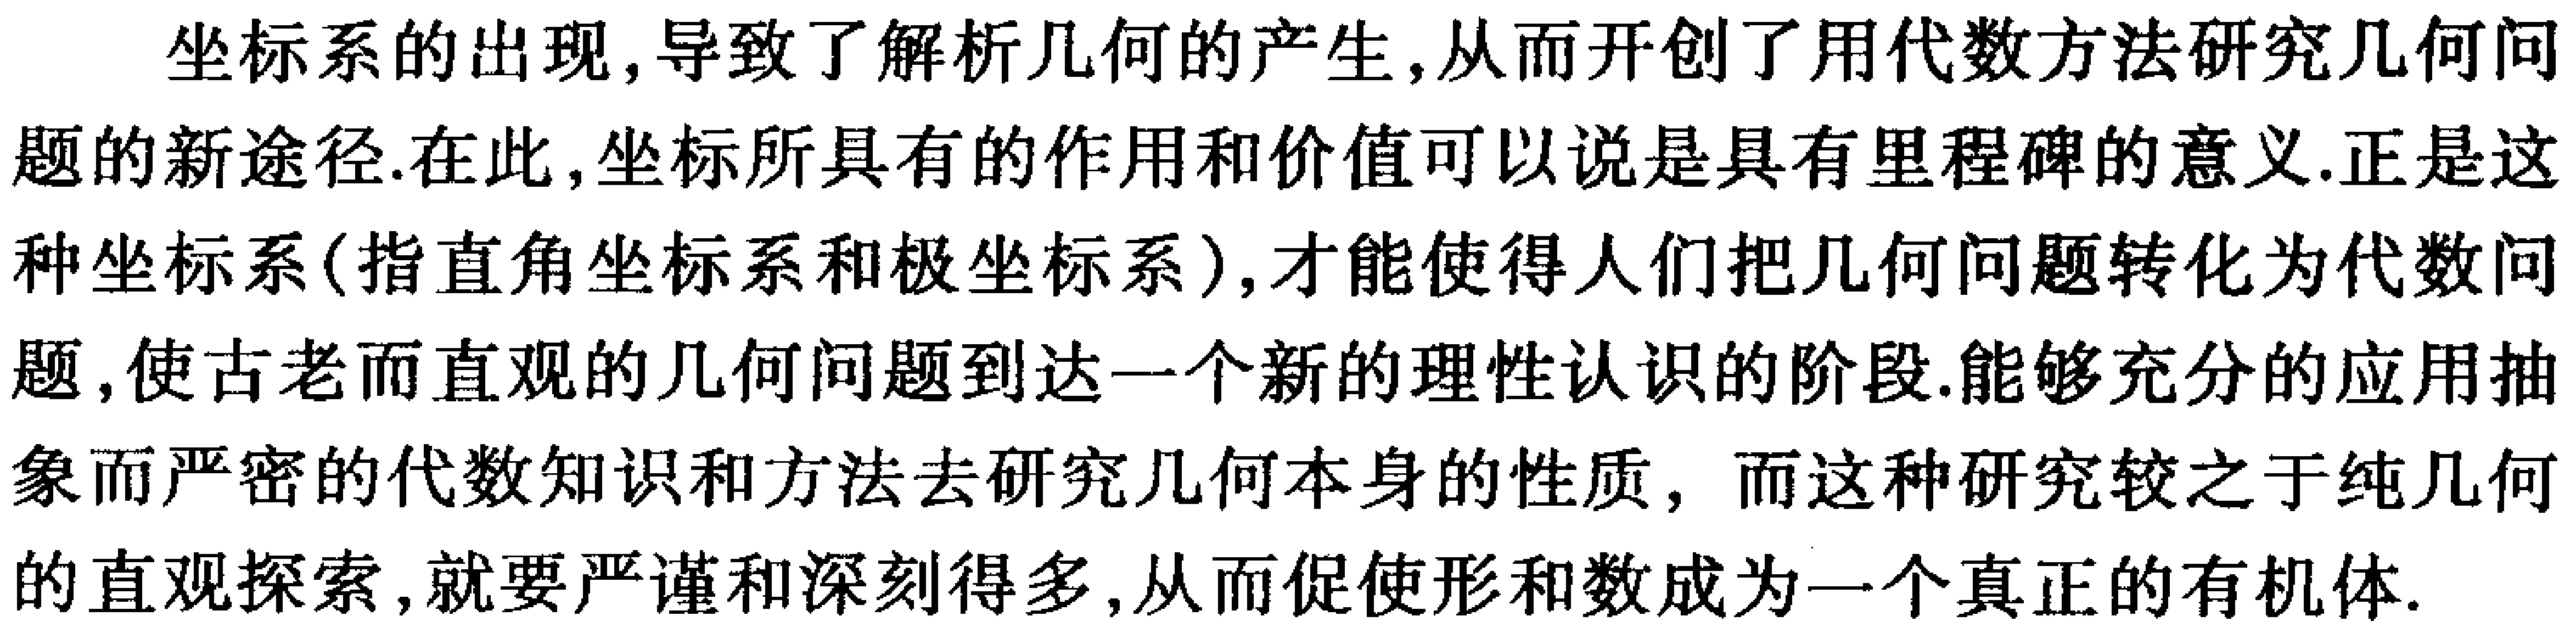
坐标系的出现,导致了解析几何的产生,从而开创了用代数方法研究几何问题的新途径.在此,坐标所具有的作用和价值可以说是具有里程碑的意义.正是这种坐标系(指直角坐标系和极坐标系),才能使得人们把几何问题转化为代数问题,使古老而直观的几何问题到达一个新的理性认识的阶段.能够充分的应用抽象而严密的代数知识和方法去研究几何本身的性质，而这种研究较之于纯几何的直观探索,就要严谨和深刻得多,从而促使形和数成为一个真正的有机体.